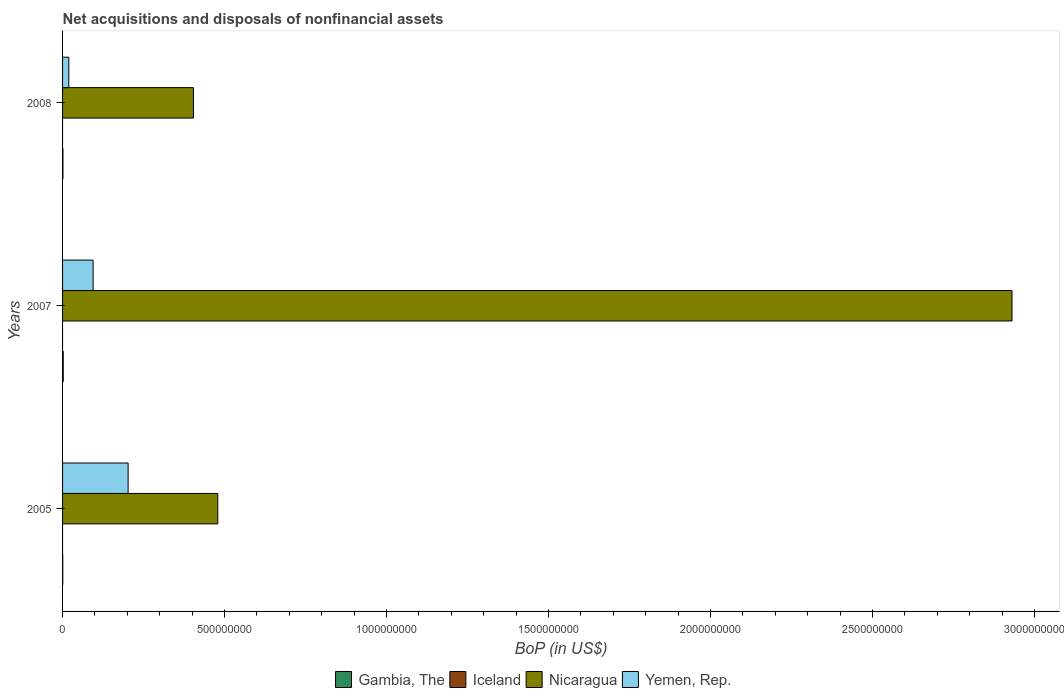
| Years | Gambia, The | Iceland | Nicaragua | Yemen, Rep. |
 | --- | --- | --- | --- | --- |
 | 2005 | 5.98e+05 | -6.46e+06 | 4.79e+08 | 2.02e+08 |
 | 2007 | 2.07e+06 | -1.4e+07 | 2.93e+09 | 9.42e+07 |
 | 2008 | 1.17e+06 | -1.16e+07 | 4.04e+08 | 1.93e+07 |